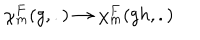
{ \chi } _ { m } ^ { F } ( g , . ) \rightarrow { \chi } _ { m } ^ { F } ( g h , . )